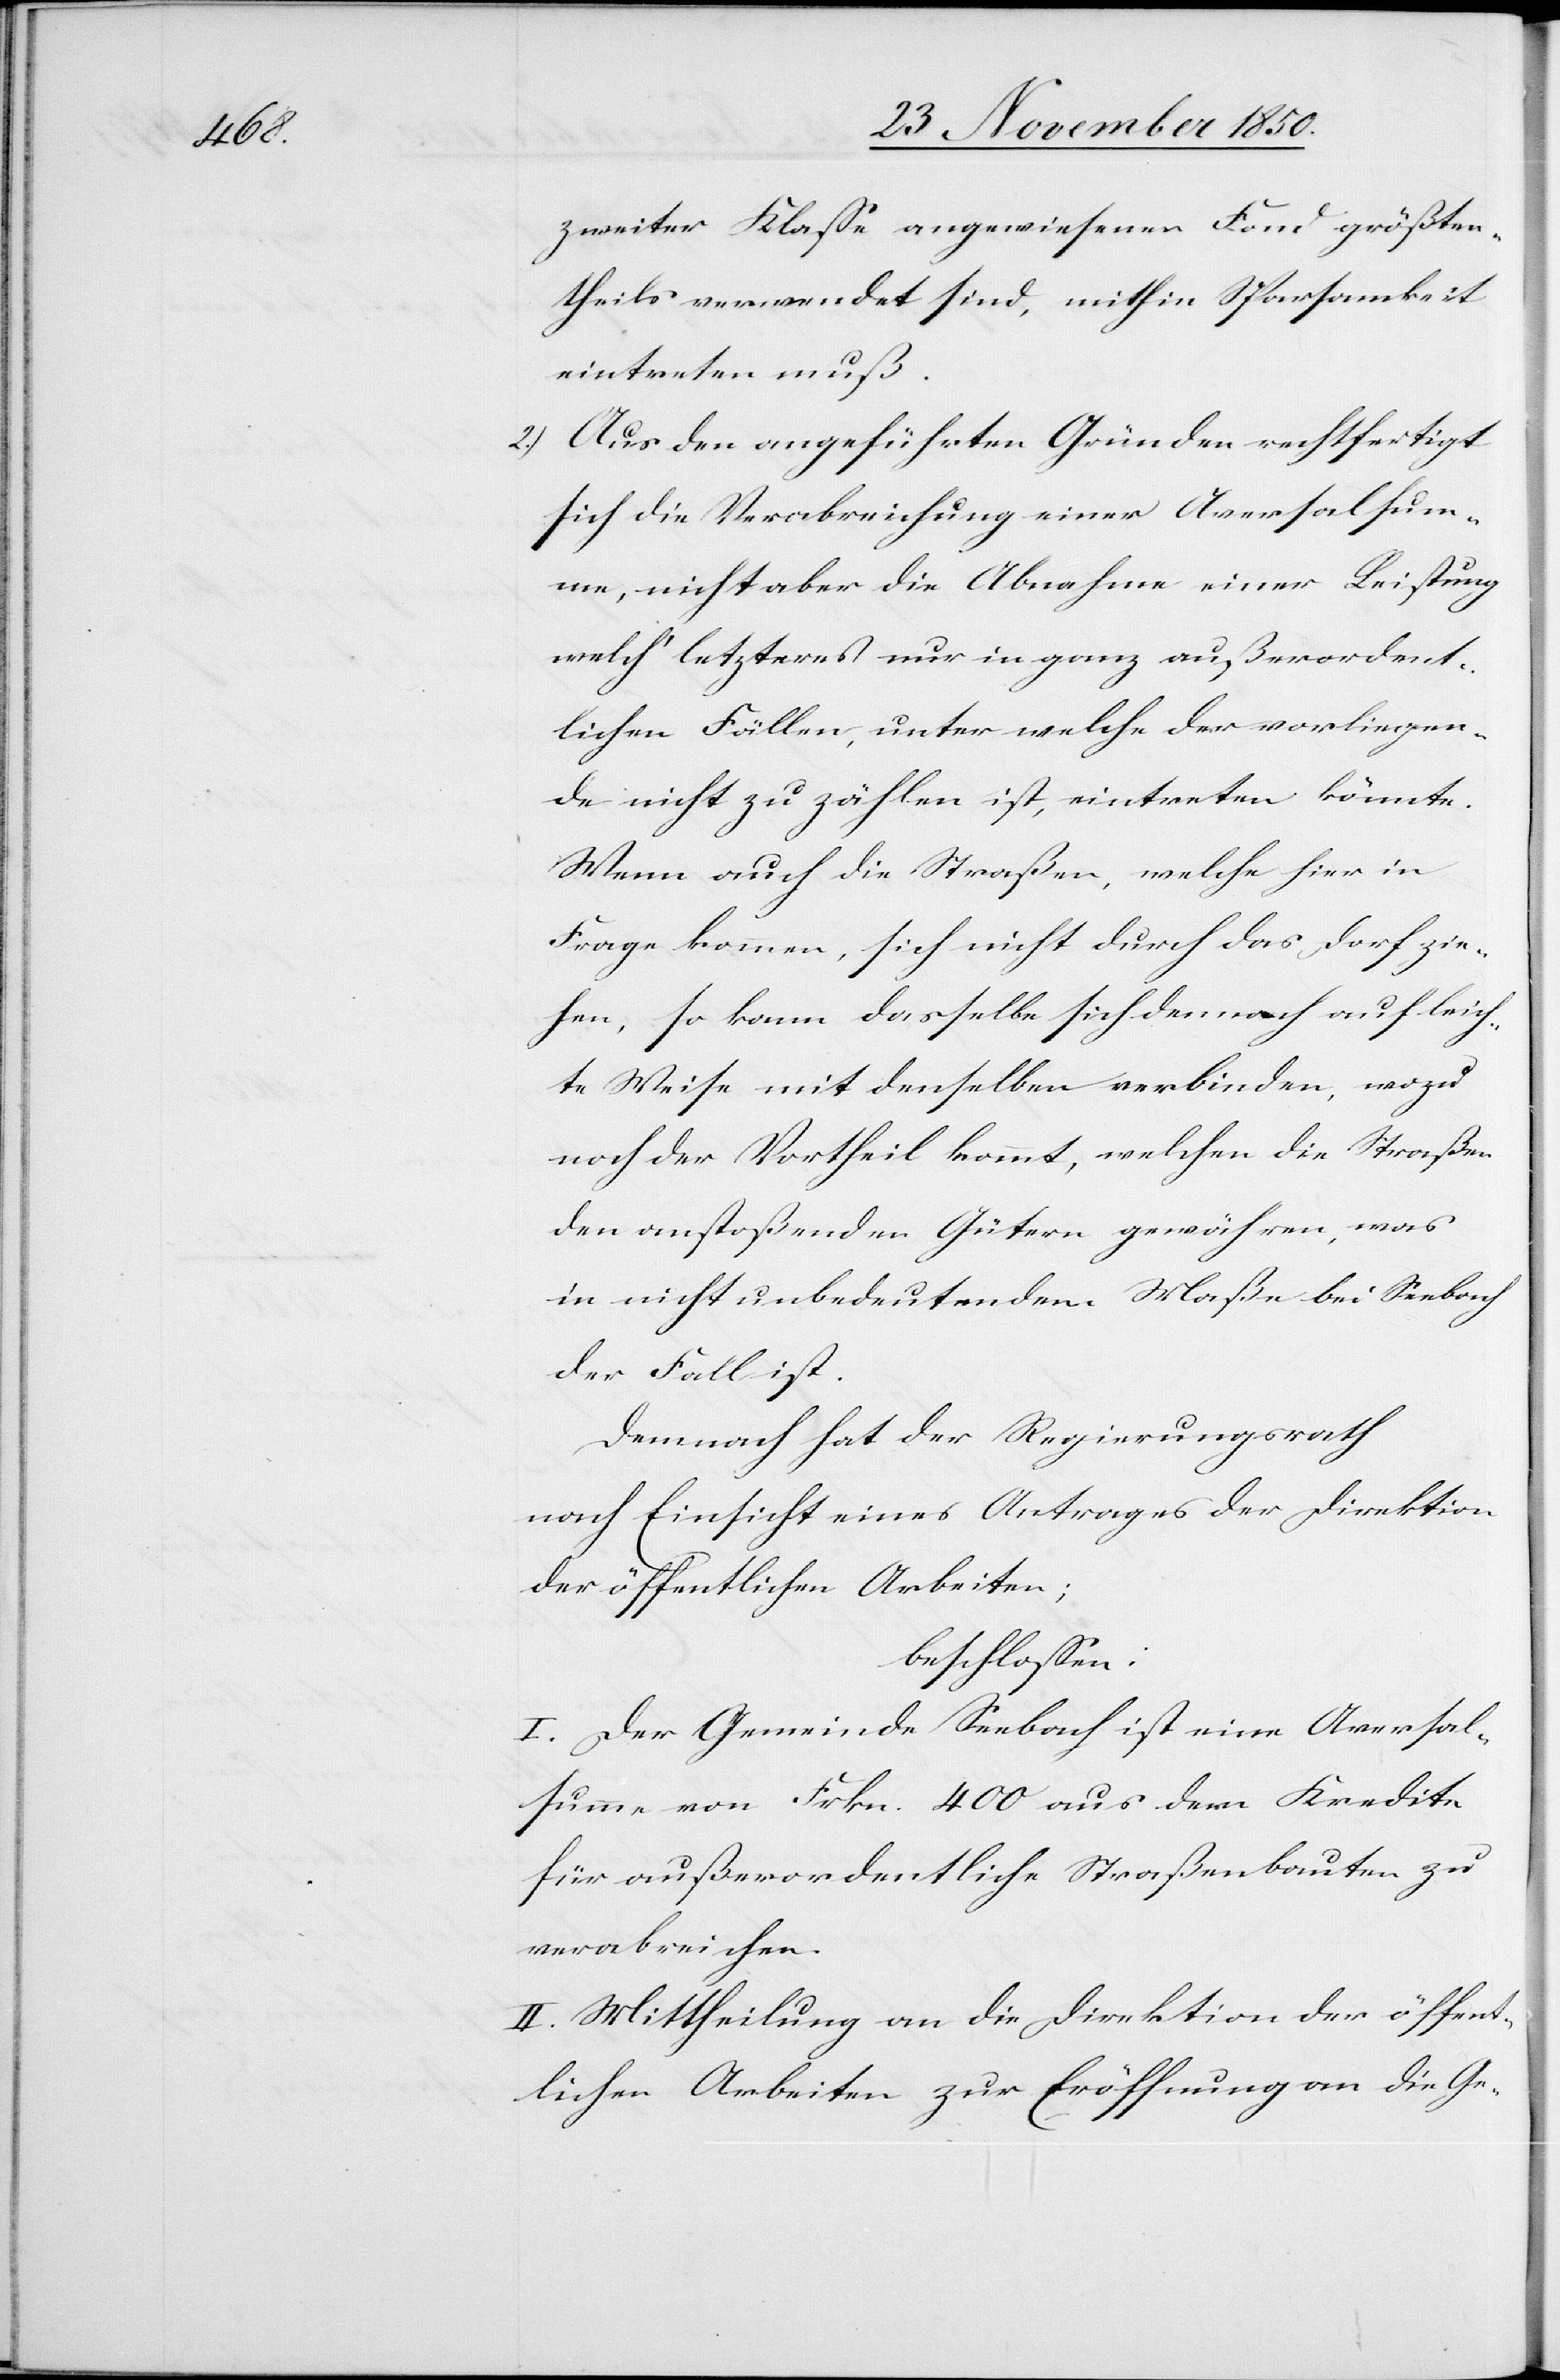
zweiter Klasse angewiesenen Fond größten¬
theils verwendet sind, mithin Sparsamkeit
eintreten muß.
2.) Aus den angeführten Gründen rechtfertigt
sich die Verabreichung einer Aversalsum¬
me, nicht aber die Abnahme einer Leistung
welch‘ letzteres nur in ganz außerordent¬
lichen Fällen, unter welche der vorliegen¬
de nicht zu zählen ist, eintreten könnte.
Wenn auch die Straßen, welche hier in
Frage kommen, sich nicht durch das Dorf zie¬
hen, so kann dasselbe sich dennoch auf leich¬
te Weise mit denselben verbinden, wozu
noch der Vortheil kommt, welchen die Straßen
den anstoßenden Gütern gewähren, was
in nicht unbedeutendem Maße bei Seebach
der Fall ist.
Demnach hat der Regierungsrath
nach Einsicht eines Antrages der Direktion
der öffentlichen Arbeiten;
beschlossen:
I. Der Gemeinde Seebach ist eine Aversal¬
summe von Frkn. 400 aus dem Kredite
für außerordentliche Straßenbauten zu
verabreichen.
II. Mittheilung an die Direktion der öffent¬
lichen Arbeiten zur Eröffnung an die Ge-